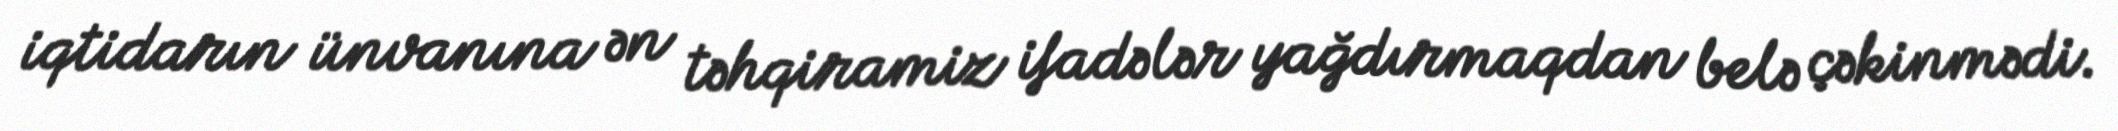
iqtidarın ünvanına ən təhqiramiz ifadələr yağdırmaqdan belə çəkinmədi.